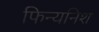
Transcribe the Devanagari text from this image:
फिन्यनिश